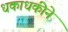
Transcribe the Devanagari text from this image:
धकाधकीने